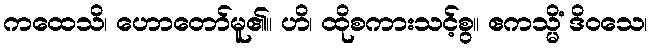
ကထေသိ၊ ဟောတော်မူ၏။ ဟိ၊ ထိုစကားသင့်စွ။ ဧကသ္မိံ ဒိဝသေ၊